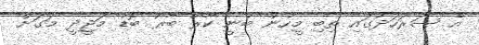
އެ ސަރަހަދުގައި ތިބި މީހުން ބުނީ ކާރޫ ބާރޫ ބޮޑު މަޖީދީ މަގަށް